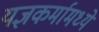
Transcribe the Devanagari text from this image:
यज्ञकर्मामध्ये